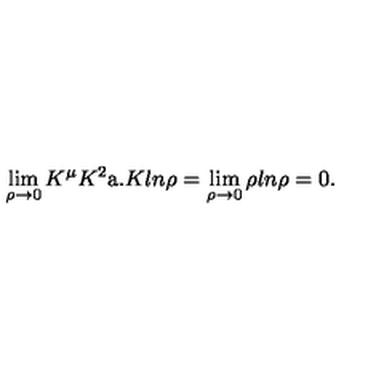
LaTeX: \lim _ { \rho \to 0 } K ^ { \mu } K ^ { 2 } \mathrm { \Large a } . K l n \rho = \lim _ { \rho \to 0 } \rho l n \rho = 0 .